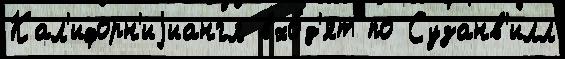
Кал'ифорн'иjиангл вхо́д'ят по Сузанв'илл